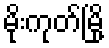
မိုးကုတ်မြို့